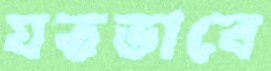
যতভাবে